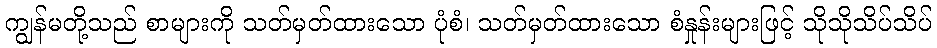
ကျွန်မတို့သည် စာများကို သတ်မှတ်ထားသော ပုံစံ၊ သတ်မှတ်ထားသော စံနှုန်းများဖြင့် သိုသိုသိပ်သိပ်